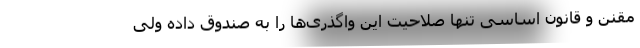
مقنن و قانون اساسی تنها صلاحیت این واگذری‌ها را به صندوق داده ولی